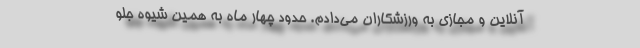
آنلاین و مجازی به ورزشکاران می‌دادم. حدود چهار ماه به همین شیوه جلو